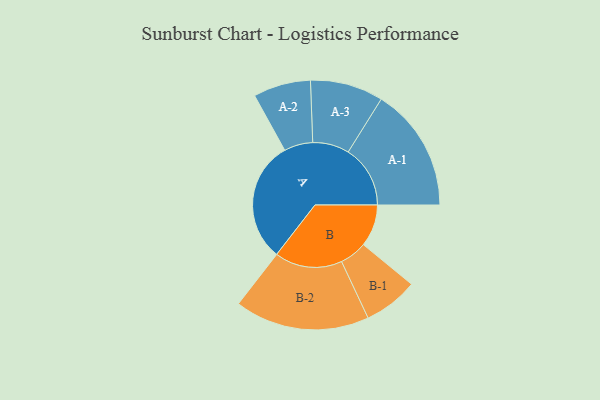
{"axis": {"x": "Segment", "y": "Value"}, "legend": ["", "A", "B"], "data": [{"x": "A", "y": 498, "type": ""}, {"x": "B", "y": 173, "type": ""}, {"x": "A-1", "y": 255, "type": "A"}, {"x": "A-2", "y": 118, "type": "A"}, {"x": "A-3", "y": 150, "type": "A"}, {"x": "B-1", "y": 112, "type": "B"}, {"x": "B-2", "y": 277, "type": "B"}]}